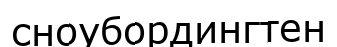
сноубордингтен